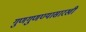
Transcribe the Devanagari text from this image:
गुणगुणण्यासारखी